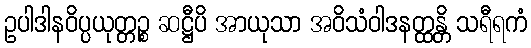
ဥပါဒါနဝိပ္ပယုတ္တဉ္စ ဆဋ္ဌီပိ အာယုသာ အဝိသံဝါဒနတ္ထန္တိ သရီရကံ